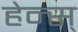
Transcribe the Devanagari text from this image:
हेन्स्